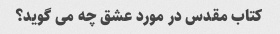
کتاب مقدس در مورد عشق چه می گوید؟